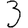
Digit: 3